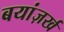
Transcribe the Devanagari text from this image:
बयांज़र्ख